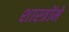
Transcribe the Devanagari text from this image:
शास्‍त्रोंमें